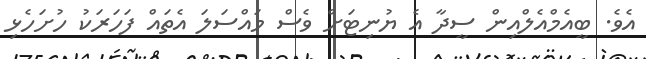
އެވެ. ބީއެމްއެލްއިން ސީދާ އެ ޔުނިޓަށް ވެސް މައްސަލަ އެތައް ފަހަރަކު ހުށަހެޅި